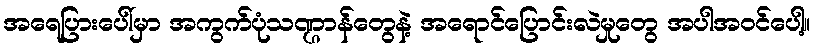
အရေပြားပေါ်မှာ အကွက်ပုံသဏ္ဌာန်တွေနဲ့ အရောင်ပြောင်းလဲမှုတွေ အပါအဝင်ပေါ့။